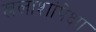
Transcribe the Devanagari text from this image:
खलाशांपेक्षा